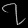
Digit: ၇